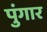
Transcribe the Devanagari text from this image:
पुंगार